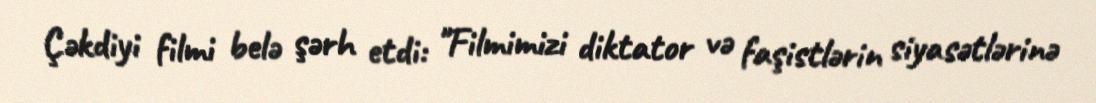
Çəkdiyi filmi belə şərh etdi: "Filmimizi diktator və faşistlərin siyasətlərinə